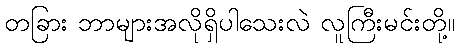
တခြား ဘာများအလိုရှိပါသေးလဲ လူကြီးမင်းတို့။